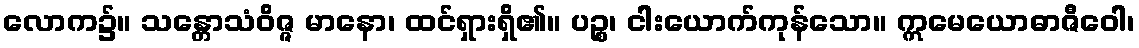
လောက၌။ သန္တောသံဝိဇ္ဇ မာနော၊ ထင်ရှားရှိ၏။ ပဉ္စ၊ ငါးယောက်ကုန်သော။ ဣမေယောဓာဇီဝေါ၊